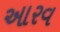
આરવ